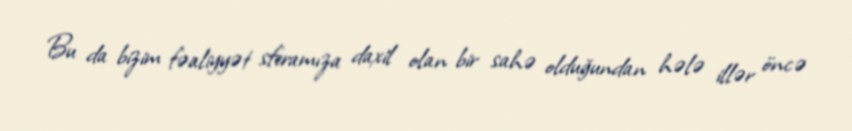
Bu da bizim fəaliyyət sferamıza daxil olan bir sahə olduğundan hələ illər öncə